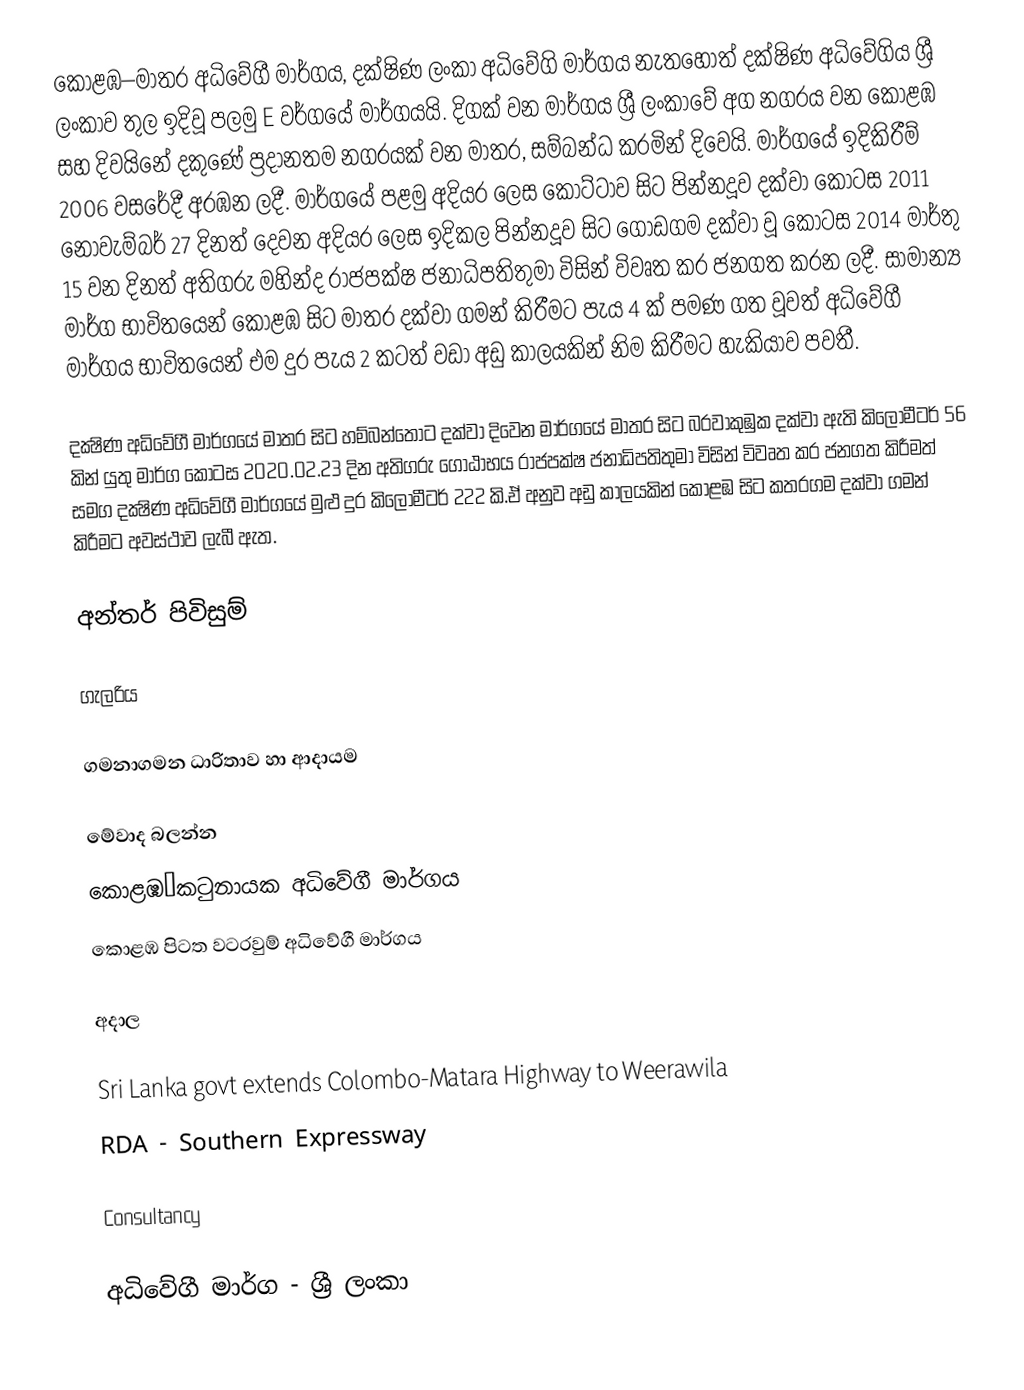
කොළඹ–මාතර අධිවේගී මාර්ගය,  දක්ෂිණ ලංකා අධිවේගි මාර්ගය නැතහොත් දක්ෂිණ අධිවේගිය ශ්‍රී ලංකාව තුල ඉදිවූ පලමු E වර්ගයේ මාර්ගයයි. දිගක් වන මාර්ගය ශ්‍රී ලංකාවේ අග නගරය වන කොළඹ සහ දිවයිනේ දකුණේ ප්‍රදානතම නගරයක් වන මාතර, සම්බන්ධ කරමින් දිවෙයි. මාර්ගයේ ඉදිකිරීම් 2006 වසරේදී අරඹන ලදී.  මාර්ගයේ පළමු අදියර ලෙස කොට්ටාව සිට පින්නදූව දක්වා කොටස 2011 නොවැම්බර් 27 දිනත් දෙවන අදියර ලෙස ඉදිකල පින්නදූව සිට ගොඩගම දක්වා වූ කොටස 2014 මාර්තු 15 වන දිනත් අතිගරු මහින්ද රාජපක්ෂ ජනාධිපතිතුමා විසින් විවෘත කර ජනගත කරන ලදී. සාමාන්‍ය මාර්ග භාවිතයෙන් කොළඹ සිට මාතර දක්වා ගමන් කිරීමට පැය 4 ක් පමණ ගත වූවත් අධිවේගී මාර්ගය භාවිතයෙන් එම දුර පැය 2 කටත් වඩා අඩු කාලයකින් නිම කිරීමට හැකියාව පවතී.

දක්‍ෂිණ අධිවේගී මාර්ගයේ මාතර සිට හම්බන්තොට දක්වා දිවෙන මාර්ගයේ මාතර සිට බරවාකුඹුක දක්වා ඇති කිලෝමීටර් 56 කින් යුතු මාර්ග කොටස 2020.02.23 දින අතිගරු ගෝඨාභය රාජපක්ෂ ජනාධිපතිතුමා විසින් විවෘත කර ජනගත කිරීමත් සමග දක්‍ෂිණ අධිවේගී මාර්ගයේ මුළු දුර කිලෝමීටර් 222 කි.ඒ අනුව අඩු කාලයකින් කොළඹ සිට කතරගම දක්වා ගමන් කිරීමට අවස්ථාව ලැබී ඇත.

අන්තර් පිවිසුම්

ගැලරිය

ගමනාගමන ධාරිතාව හා ආදායම

මේවාද බලන්න
 කොළඹ–කටුනායක අධිවේගී මාර්ගය
 කොළඹ පිටත වටරවුම් අධිවේගී මාර්ගය

අදාල

Sri Lanka govt extends Colombo-Matara Highway to Weerawila
RDA - Southern Expressway

Consultancy

අධිවේගී මාර්ග - ශ්‍රී ලංකා